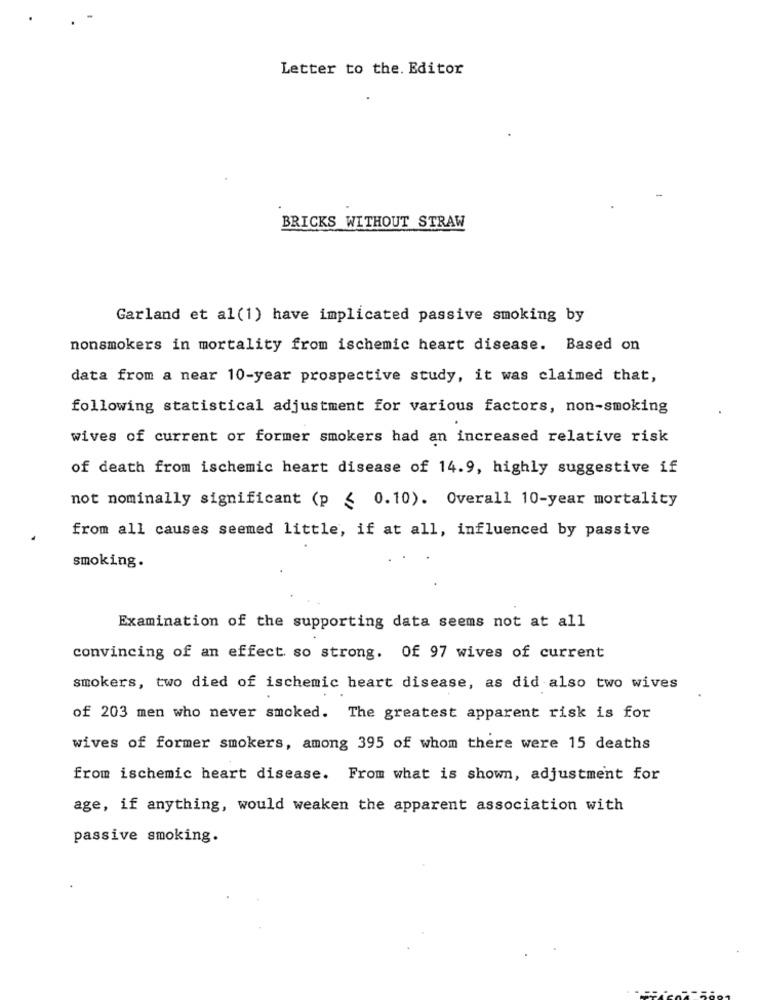
Letter to the. Editor
BRICKS WITHOUT STRAW
Garland et al(1) have implicated passive smoking by
nonsmokers in mortality from ischemic heart disease. Based on
data from a near 10-year prospective study, it was claimed that,
following statistical adjustment for various factors, non-smoking
wives of current or former smokers had an increased relative risk
of death from ischemic heart disease of 14.9, highly suggestive if
not nominally significant (p < 0.10). Overall 10-year mortality
from all causes seemed little, if at all, influenced by passive
smoking.
Examination of the supporting data seems not at all
convincing of an effect so strong. Of 97 wives of current
smokers, two died of ischemic heart disease, as did also two wives
of 203 men who never smoked. The greatest apparent risk is for
wives of former smokers, among 395 of whom there were 15 deaths
from ischemic heart disease. From what is shown, adjustment for
age, if anything, would weaken the apparent association with
passive smoking.